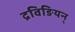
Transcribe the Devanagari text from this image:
द्रविङियन्